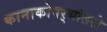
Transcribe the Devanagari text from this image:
कानाकोपर्‍यांतले